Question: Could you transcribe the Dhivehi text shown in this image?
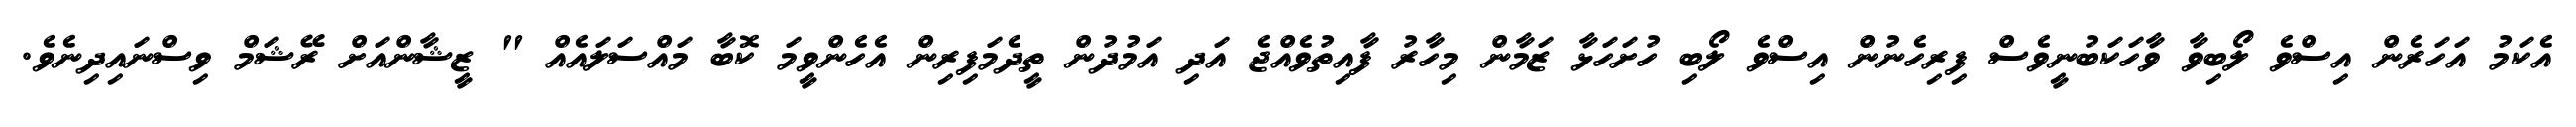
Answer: އެކަމު އަހަރެން އިސްވެ ލޯބިވާ ވާހަކަބުނީވެސް ފިރިހެނުން އިސްވެ ލޯބި ހުށަހަޅާ ޒަމާން މިހާރު ފާއިތުވެއްޖެ އަދި އަމުދުން ތީދެމަފިރިން އެހެންވީމަ ކޮބާ މައްސަލައެއް " ޒީޝާންއަށް ރޭޝަމް ވިސްނައިދިނެވެ.